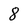
Character: 8